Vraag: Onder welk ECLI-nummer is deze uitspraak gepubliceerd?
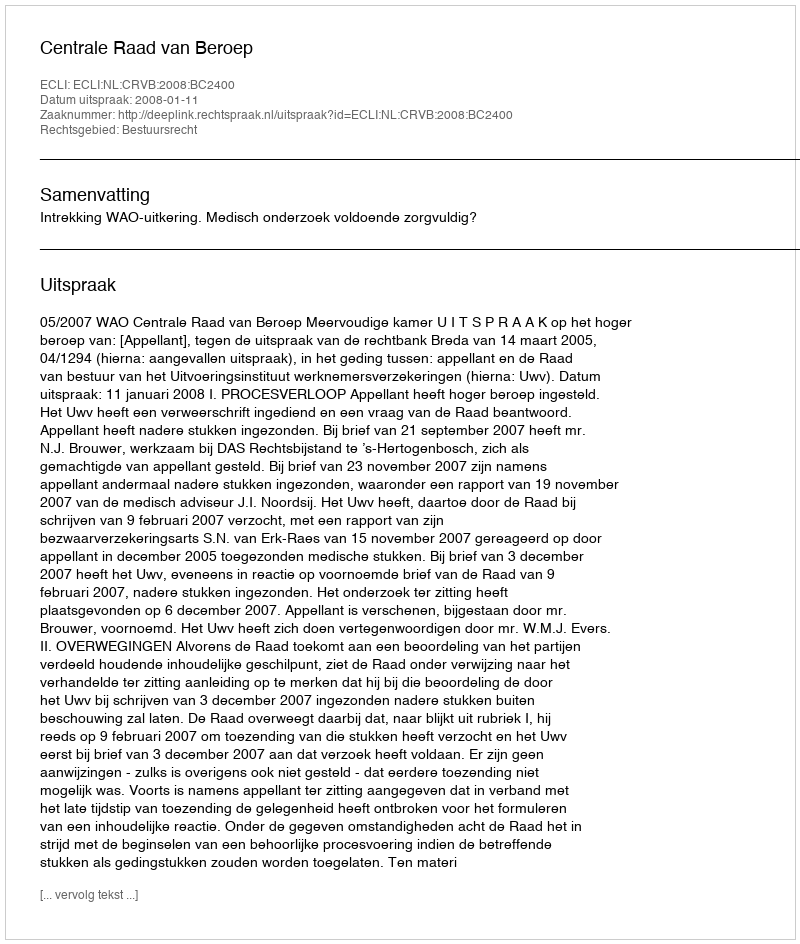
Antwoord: ECLI:NL:CRVB:2008:BC2400